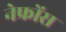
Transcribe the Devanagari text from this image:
नेफ्रोंस